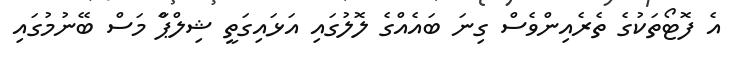
އެ ފޮޓޯތަކުގެ ތެރެއިންވެސް ގިނަ ބައެއްގެ ލޮލުގައި އަޅައިގަތީ ޝިލްޕާް މަސް ބޭނުމުގައި